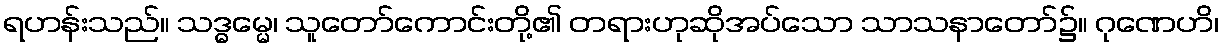
ရဟန်းသည်။ သဒ္ဓမ္မေ၊ သူတော်ကောင်းတို့၏ တရားဟုဆိုအပ်သော သာသနာတော်၌။ ဂုဏေဟိ၊